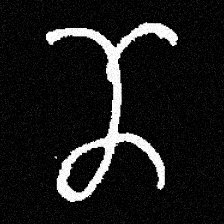
Pyu character \u2014 Myanmar letter: ဏ (romanized: nna)